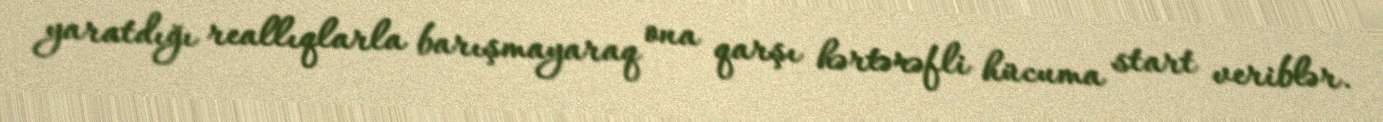
yaratdığı reallıqlarla barışmayaraq ona qarşı hərtərəfli hücuma start veriblər.